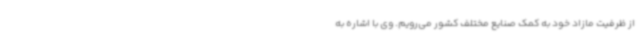
از ظرفیت مازاد خود به کمک صنایع مختلف کشور می‌رویم. وی با اشاره به